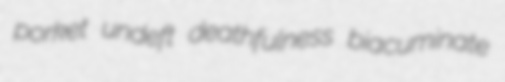
porket undeft deathfulness biacuminate